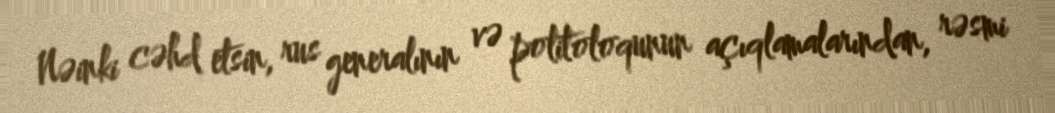
Nəinki cəhd etsin, rus generalının və politoloqunun açıqlamalarından, rəsmi